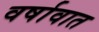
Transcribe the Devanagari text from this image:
वर्षावात